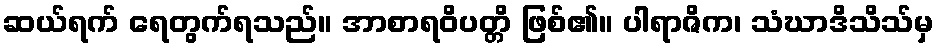
ဆယ်ရက် ရေတွက်ရသည်။ အာစာရဝိပတ္တိ ဖြစ်၏။ ပါရာဇိက၊ သံဃာဒိသိသ်မှ